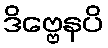
ဒိဗ္ဗေနပိ